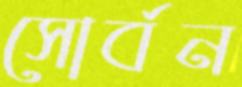
সোর্বন